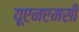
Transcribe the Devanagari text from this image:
यूएनएमसी